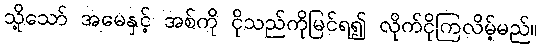
သို့သော် အမေနှင့် အစ်ကို ငိုသည်ကိုမြင်ရ၍ လိုက်ငိုကြလိမ့်မည်။